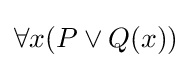
\forall x(P\lor Q(x))